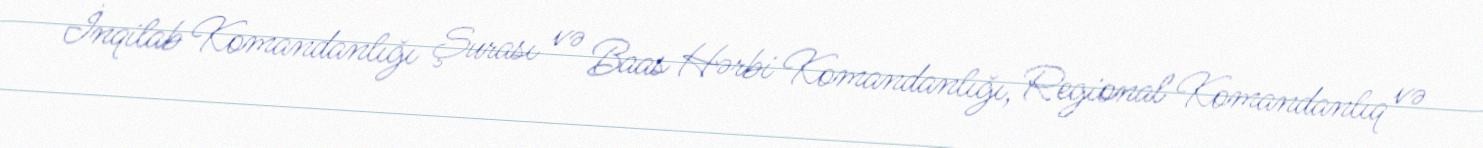
İnqilab Komandanlığı Şurası və Baas Hərbi Komandanlığı, Regional Komandanlıq və